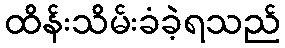
ထိန်းသိမ်းခံခဲ့ရသည်